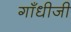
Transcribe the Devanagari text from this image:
गाँधीजी